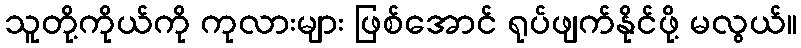
သူတို့ကိုယ်ကို ကုလားများ ဖြစ်အောင် ရုပ်ဖျက်နိုင်ဖို့ မလွယ်။